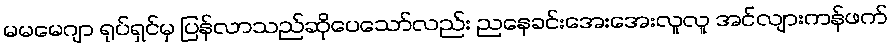
မမမေဂျာ ရုပ်ရှင်မှ ပြန်လာသည်ဆိုပေသော်လည်း ညနေခင်းအေးအေးလူလူ အင်လျားကန်ဖက်